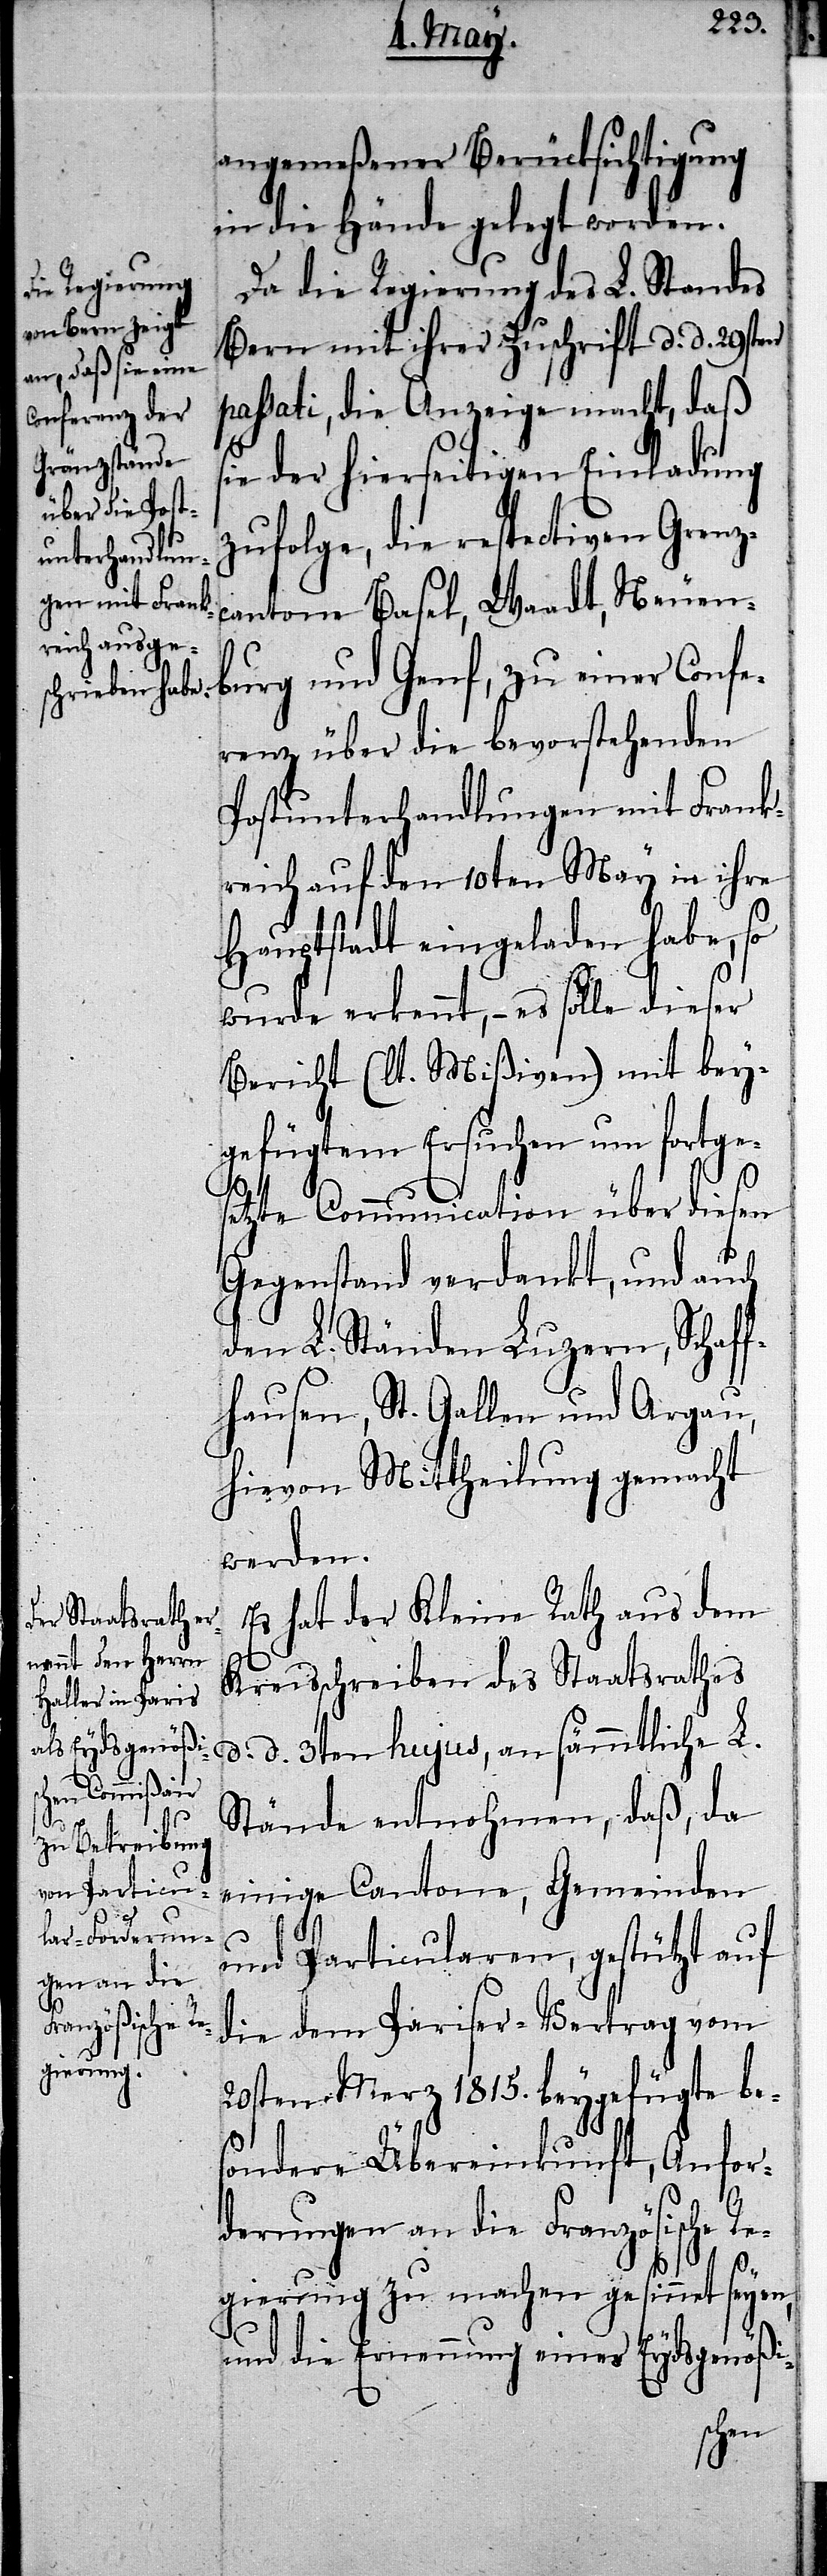
s¬

angemeßener Berücksichtigung
in die Hände gelegt worden.
Da die Regierung des L. Standes
Bern mit ihrer Zuschrift d. d. 29sten
passati, die Anzeige macht, daß
ie der hierseitigen Einladung
zufolge, die respectiven Grenz¬
cantone Basel, Waadt, Neuen¬
burg und Genf, zu einer Confe¬
renz über die bevorstehenden
Postunterhandlungen mit Frank¬
reich auf den 10ten May in ihre
Hauptstadt eingeladen habe, so
wurde erkennt, – es solle dieser
Bericht (lt. Mißiven) mit bey¬
gefügtem Ersuchen um fortge¬
setzte Communication über diesen
Gegenstand verdankt, und auch
den L. Ständen Luzern, Schaff¬
hausen, St. Gallen und Argau,
hievon Mittheilung gemacht
werden.
Es hat der Kleine Rath aus dem
Kreisschreiben des Staatsrathes
d. d. 3ten hujus, an sämmtliche L.
Stände entnohmen, daß, da
einige Cantone, Gemeinden
und Particularen, gestützt auf
die dem Pariser-Vertrag vom
20sten Merz 1815. beygefügte be¬
sondere Übereinkunft, Anfor¬
derungen an die Französische R¬
egierung zu machen gesinnet seyen,
und die Ernennung eines Eydsgenößi-